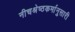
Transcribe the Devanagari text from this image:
नीचश्रेष्ठकर्मानुसारी